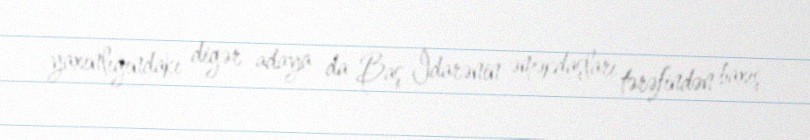
yaxınlığındakı digər adaya da Baş İdarənin əməkdaşları tərəfindən baxış